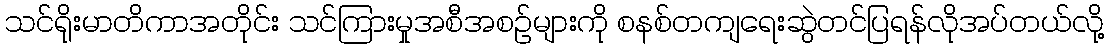
သင်ရိုးမာတိကာအတိုင်း သင်ကြားမှုအစီအစဉ်များကို စနစ်တကျရေးဆွဲတင်ပြရန်လိုအပ်တယ်လို့